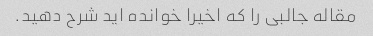
مقاله جالبی را که اخیرا خوانده اید شرح دهید.